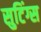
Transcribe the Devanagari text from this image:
सुटिंग्स